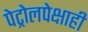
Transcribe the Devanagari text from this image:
पेट्रोलपेक्षाही